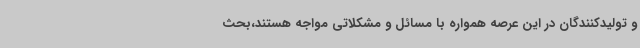
و تولیدکنندگان در این عرصه همواره با مسائل و مشکلاتی مواجه هستند،بحث